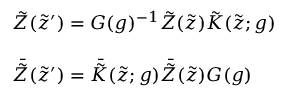
\begin{array} { l } { { \tilde { Z } ( \tilde { z } ^ { \prime } ) = G ( g ) ^ { - 1 } \tilde { Z } ( \tilde { z } ) \tilde { K } ( \tilde { z } ; g ) ~ ~ ~ } } \\ { { { } } } \\ { { \bar { \tilde { Z } } ( \tilde { z } ^ { \prime } ) = \bar { \tilde { K } } ( \tilde { z } ; g ) \bar { \tilde { Z } } ( \tilde { z } ) G ( g ) } } \end{array}